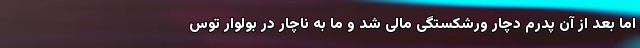
اما بعد از آن پدرم دچار ورشکستگی مالی شد و ما به ناچار در بولوار توس